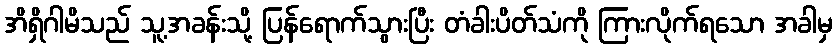
အိရှိဂါမိသည် သူ့အခန်းသို့ ပြန်ရောက်သွားပြီး တံခါးပိတ်သံကို ကြားလိုက်ရသော အခါမှ